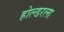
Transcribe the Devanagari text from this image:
होल्डरला